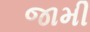
જામી